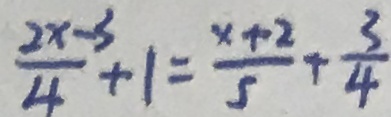
\frac { 2 x - 3 } { 4 } + 1 = \frac { x + 2 } { 5 } + \frac { 3 } { 4 }